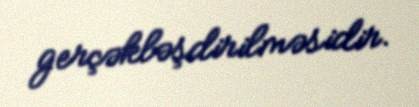
gerçəkləşdirilməsidir.